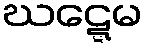
ဃဋ္ဋေမ